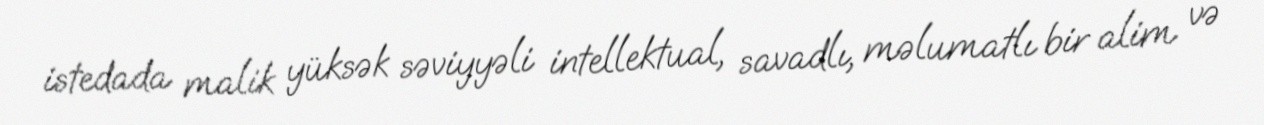
istedada malik yüksək səviyyəli intellektual, savadlı, məlumatlı bir alim və